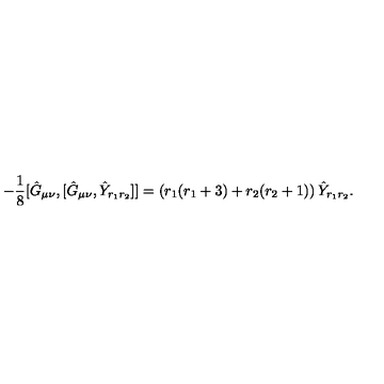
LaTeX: - \frac { 1 } { 8 } [ \hat { G } _ { \mu \nu } , [ \hat { G } _ { \mu \nu } , \hat { Y } _ { r _ { 1 } r _ { 2 } } ] ] = \left( r _ { 1 } ( r _ { 1 } + 3 ) + r _ { 2 } ( r _ { 2 } + 1 ) \right) \hat { Y } _ { r _ { 1 } r _ { 2 } } .